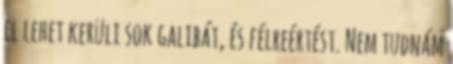
el lehet kerüli sok galibát, és félreértést. Nem tudnám